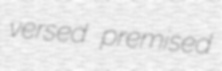
versed premised